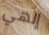
إلهي